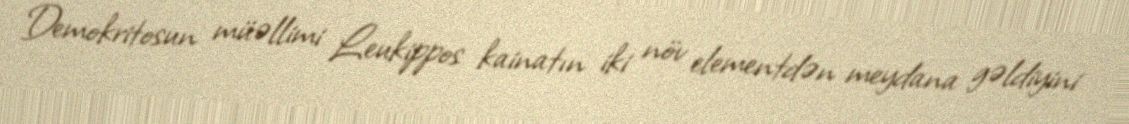
Demokritosun müəllimi Leukippos kainatın iki növ elementdən meydana gəldiyini